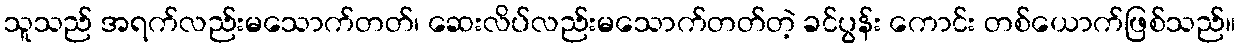
သူသည် အရက်လည်းမသောက်တတ်၊ ဆေးလိပ်လည်းမသောက်တတ်တဲ့ ခင်ပွန်း ကောင်း တစ်ယောက်ဖြစ်သည်။